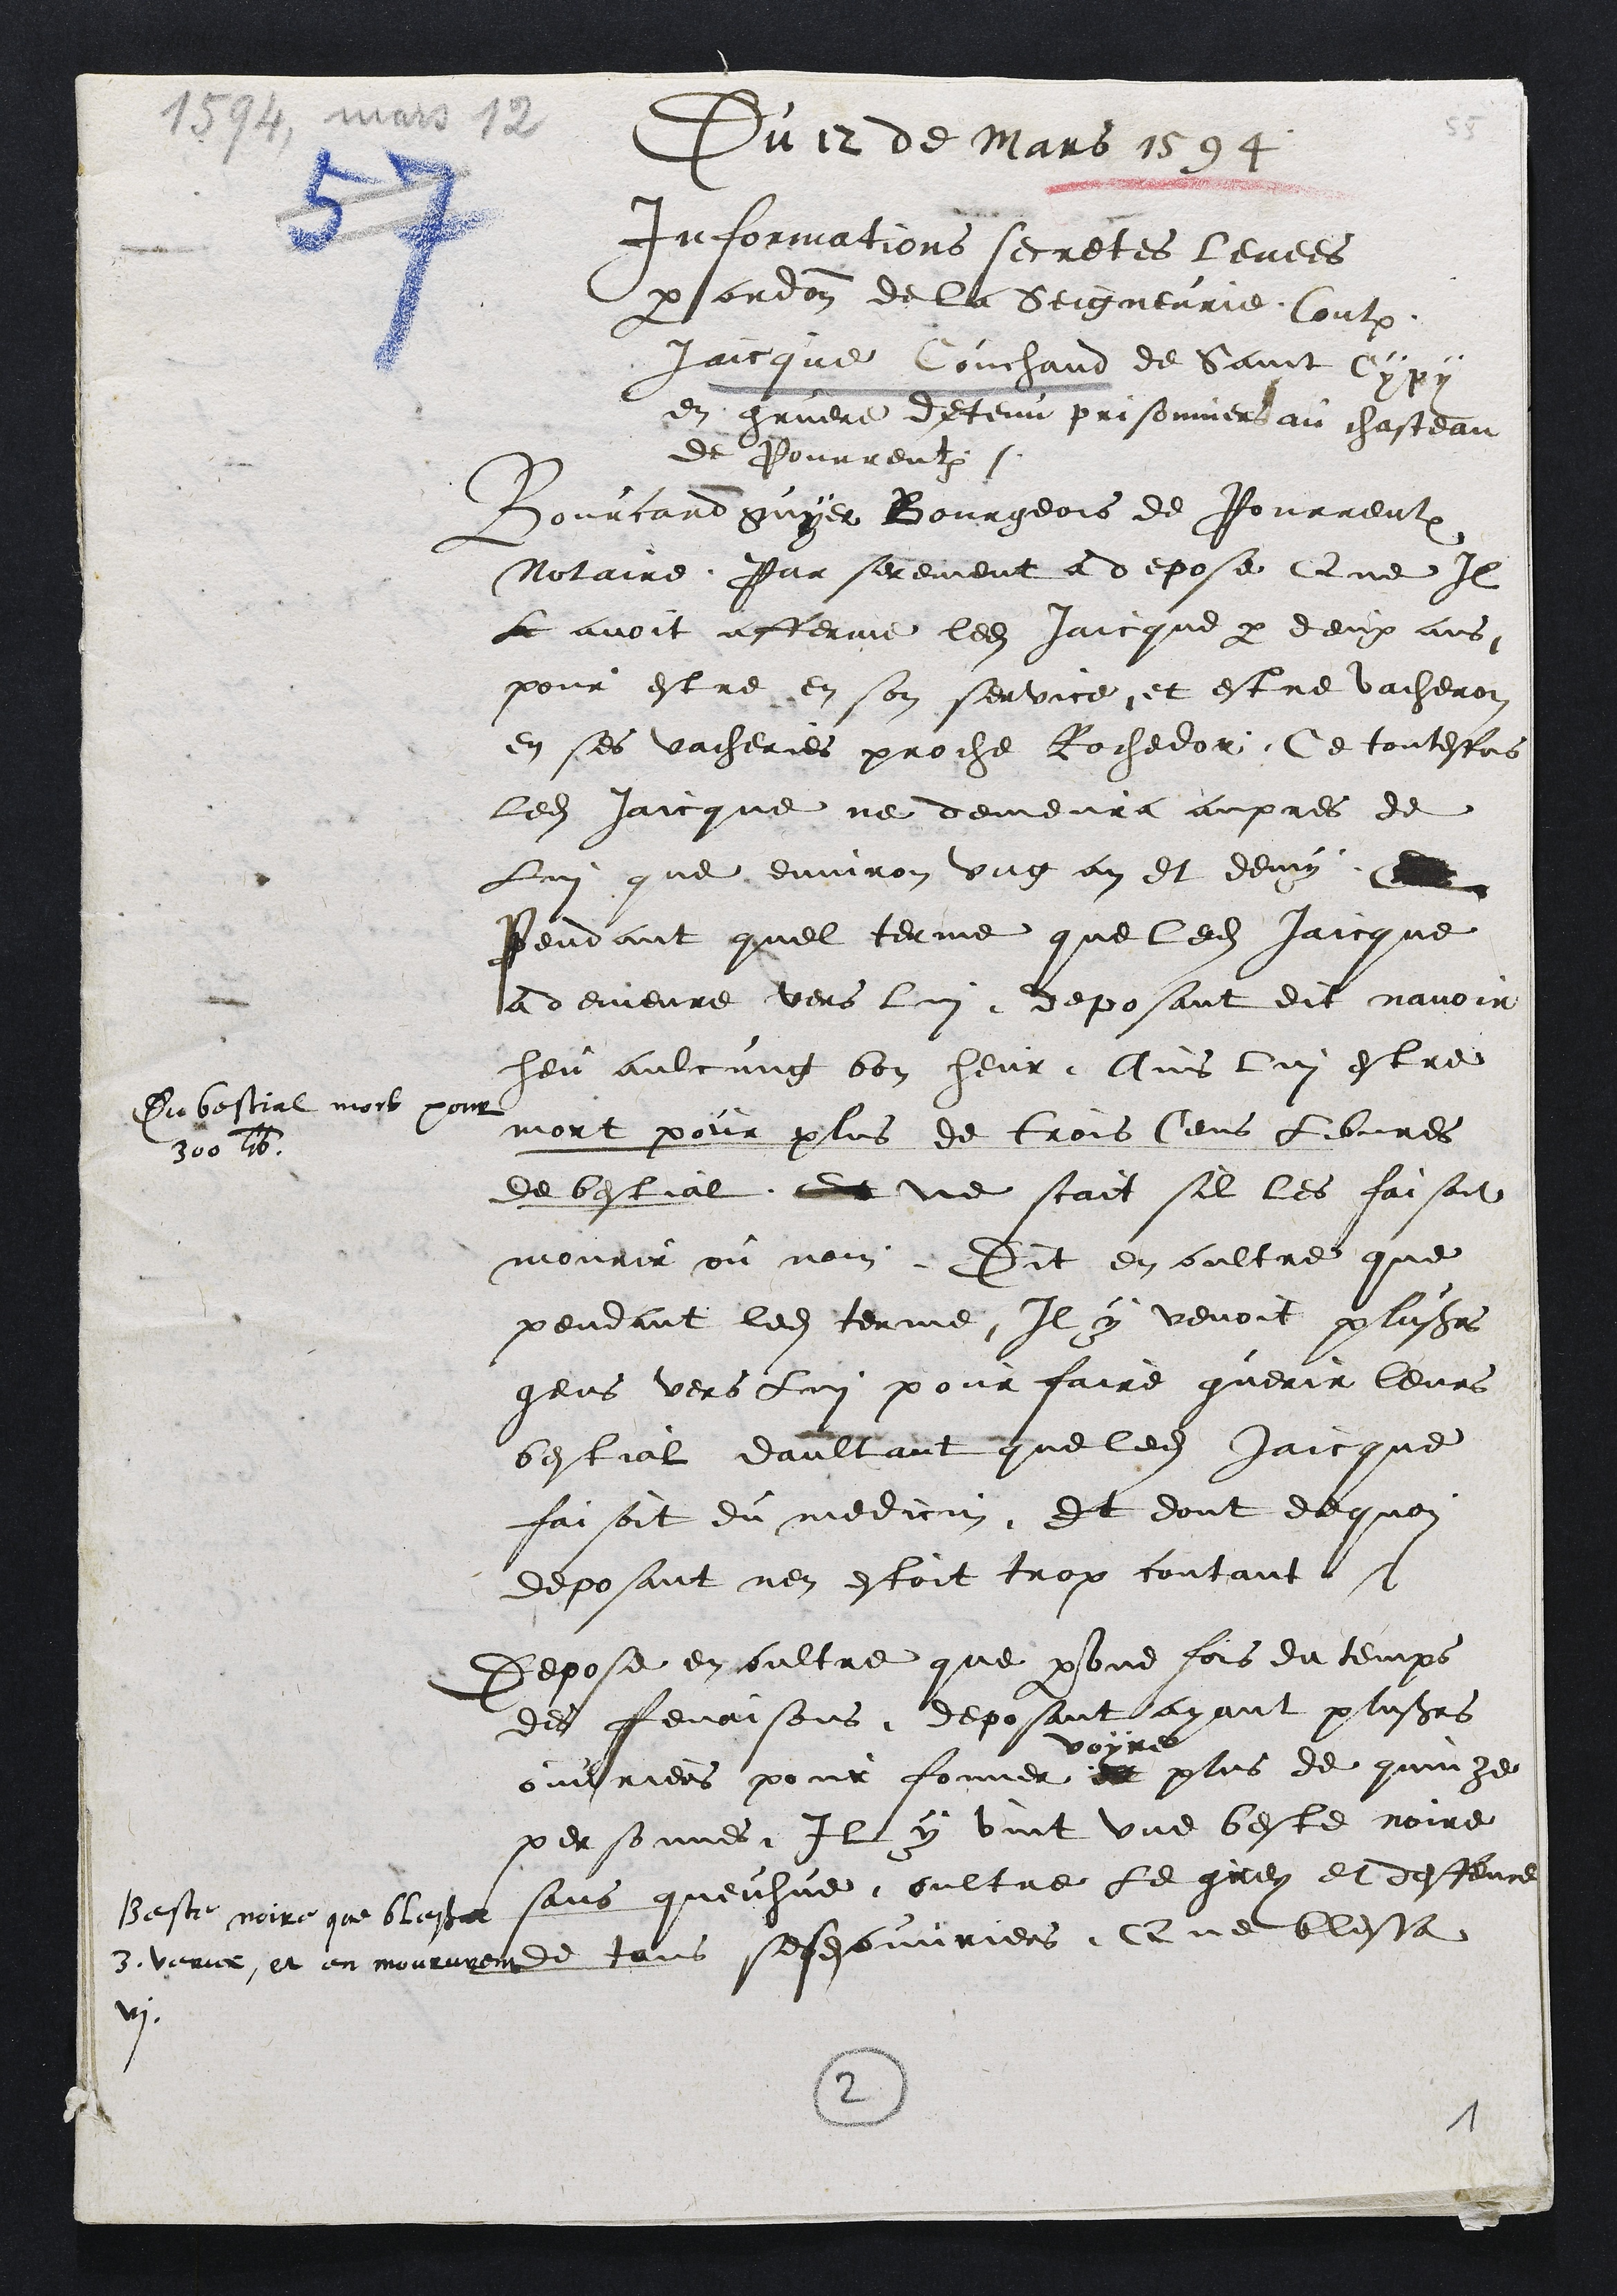
Du 12 de Mars 1594
Informations secretes levees
par ordonnance de la Seigneurie contre
Jaicque Couchand de Saint Cypy
en gruere detenu prisonniers au chasteau
de Pourrentruy
Bourcard guyer Bourgeois de Pourrentruy
notaire, Par serement a depose que Il
L avoit afferme ledit Jaicque par deux ans,
pour estre en son service, et estre vacheron
en ses vacheries proche Rochedor, Ce toutesfois
ledit Jaicque ne demeura aupres de
lui que environ ung an et demy Et
Pendant quel terme que ledit Jaicque
a demeure vers luy, deposant dit navoir
heu aulcung bon heur, Ains luy estre
mort pour plus de trois cens libvres
de bestial, Et ne scait sil les faisoit
mourir ou non. Dit en oultre que
pendant ledit terme, Il y venoit plusieurs
gens vers luy pour faire guerir leurs
bestial daultant que ledit Jaicque
faisoit du medicin, Et dont de quoy
deposant nen estoit trop contant
Du bestial mort pour
300 lib.
Depose en oultre que par une fois du temps
des fenaisons, deposant ayant plusieurs
ouvriers pour fonner et
voyre
plus de quinze
personnes, Il y vint une beste noire
sans queuhue, oultre le guez et deffence
de tans sesdits ouvriers, Que blessa
Beste noire que blessat
3. veaux, et en moururent
vi.
2